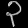
Digit: ၃